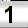
Digit: 1